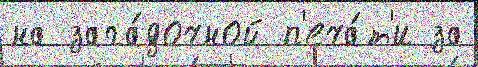
на зага́дочной п'еча́т'и за